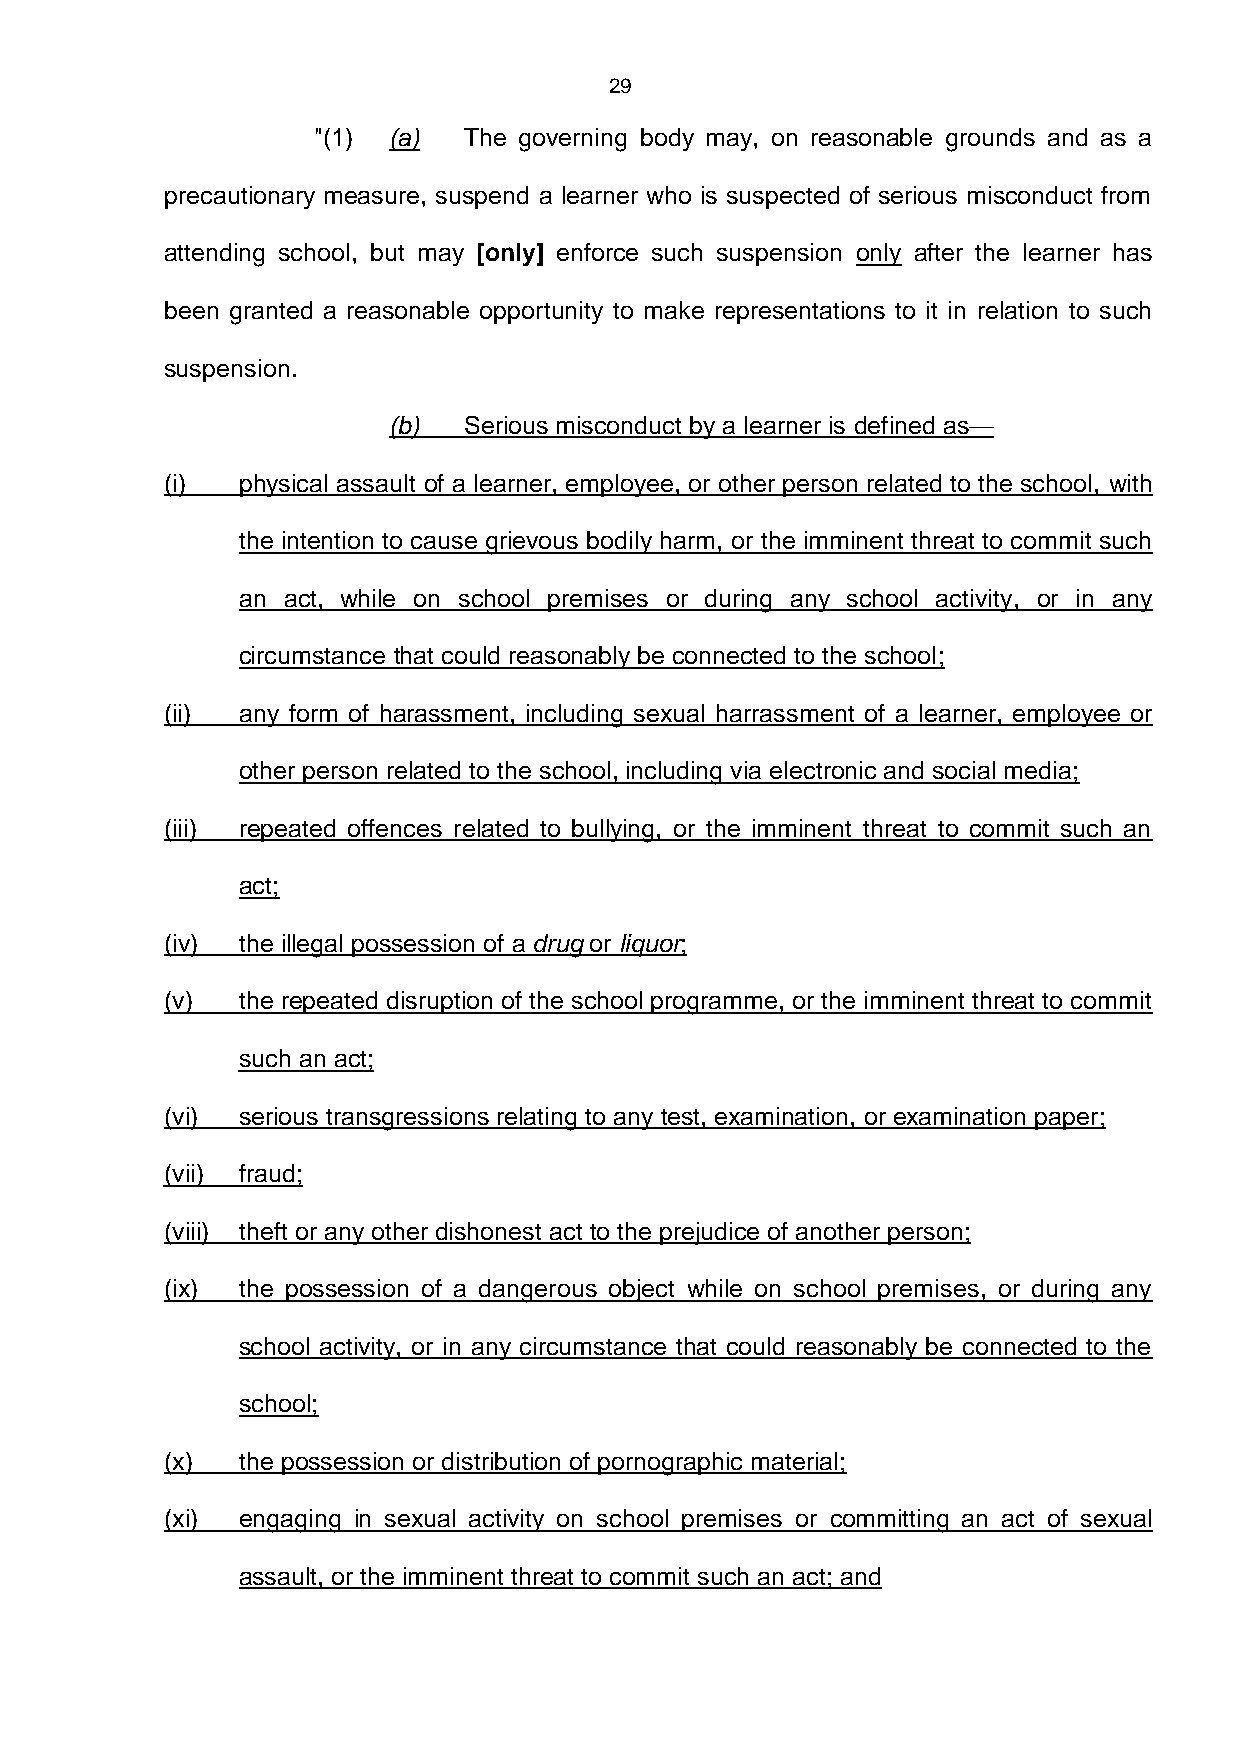
29
 "(1) (a)  The governing body may, on reasonable grounds and as a
 precautionary measure, suspend a learner who is suspected of serious misconduct from
 attending school, but may [only] enforce such suspension only after the learner has
 been granted a reasonable opportunity to make representations to it in relation to such
 suspension.
 (b)  Serious misconduct by a learner is defined as—
 (i)  physical assault of a learner, employee, or other person related to the school, with
 the intention to cause grievous bodily harm, or the imminent threat to commit such
 an act, while on school premises or during any school activity, or in any
 circumstance that could reasonably be connected to the school;
 (ii) any form of harassment, including sexual harrassment of a learner, employee or
 other person related to the school, including via electronic and social media;
 (iii) repeated offences related to bullying, or the imminent threat to commit such an
 act;
 (iv) the illegal possession of a drug or liquor;
 (v)  the repeated disruption of the school programme, or the imminent threat to commit
 such an act;
 (vi) serious transgressions relating to any test, examination, or examination paper;
 (vii) fraud;
 (viii) theft or any other dishonest act to the prejudice of another person;
 (ix) the possession of a dangerous object while on school premises, or during any
 school activity, or in any circumstance that could reasonably be connected to the
 school;
 (x)  the possession or distribution of pornographic material;
 (xi) engaging in sexual activity on school premises or committing an act of sexual
 assault, or the imminent threat to commit such an act; and